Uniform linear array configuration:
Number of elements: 4
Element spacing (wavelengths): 1
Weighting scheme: kaiser
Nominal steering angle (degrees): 0
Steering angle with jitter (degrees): -1.248
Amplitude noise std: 0.05
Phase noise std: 0.05

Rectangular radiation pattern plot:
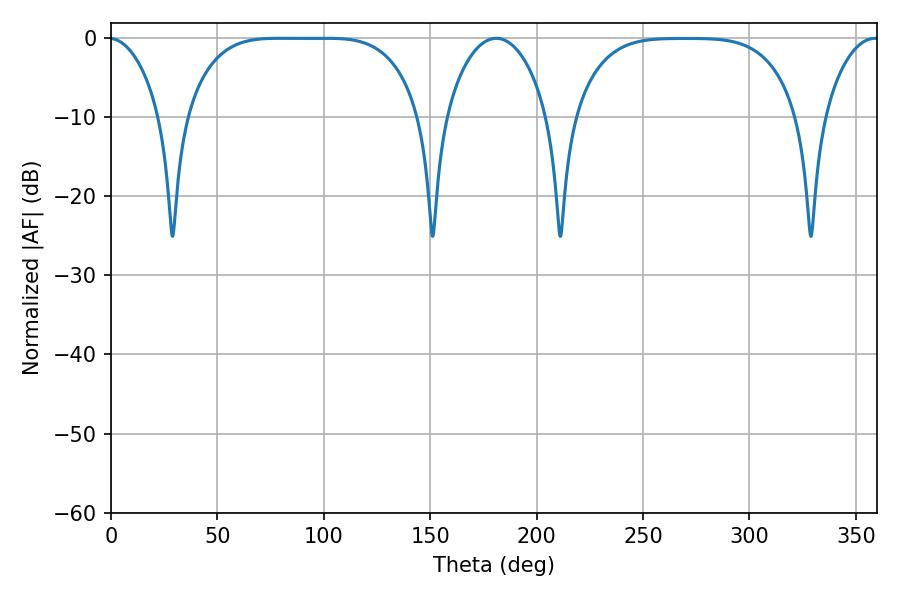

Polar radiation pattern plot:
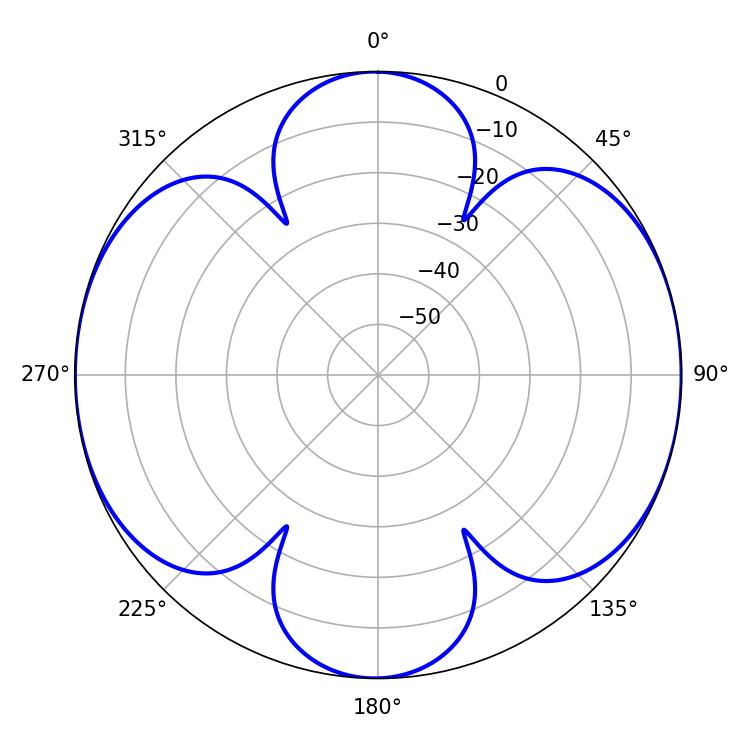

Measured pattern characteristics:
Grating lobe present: TRUE
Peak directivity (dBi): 14.082
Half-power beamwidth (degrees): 83.52
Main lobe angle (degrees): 79.2